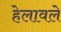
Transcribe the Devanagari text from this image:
हेलावले